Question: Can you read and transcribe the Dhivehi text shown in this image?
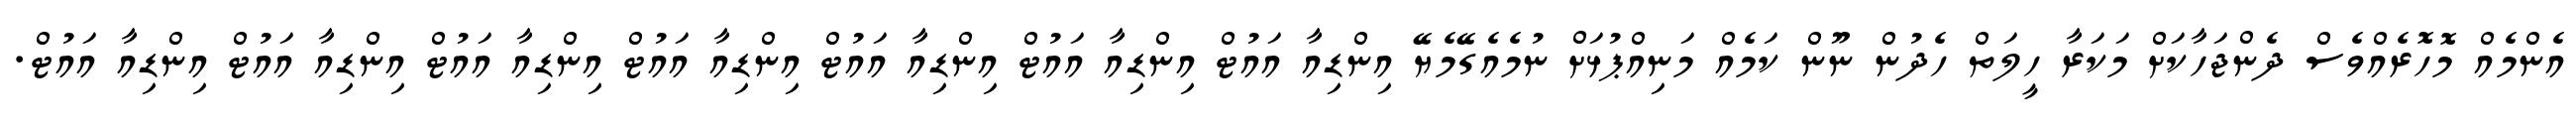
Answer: އެންމެއް މޮހޮރެއްވެސް ދެންޖަހާކަށް މަކަރާ ހީލަތް ހެދުން ނޫން ކަމެއް މަނިއްޕުޅަށް ނުމެއެގޭމެޔޭ އިންޑިއާ އައުޓް އިންޑިއާ އައުޓް އިންޑިއާ އައުޓް އިންޑިއާ އައުޓް އިންޑިއާ އައުޓް އިންޑިއާ އައުޓް އިންޑިއާ އައުޓް.